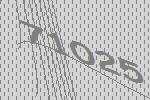
71025